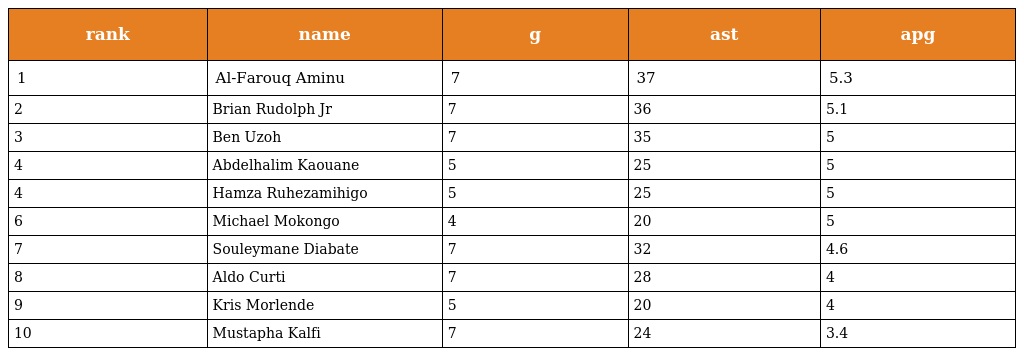
| rank | name | g | ast | apg |
 | --- | --- | --- | --- | --- |
 | 1 | Al-Farouq Aminu | 7 | 37 | 5.3 |
 | 2 | Brian Rudolph Jr | 7 | 36 | 5.1 |
 | 3 | Ben Uzoh | 7 | 35 | 5 |
 | 4 | Abdelhalim Kaouane | 5 | 25 | 5 |
 | 4 | Hamza Ruhezamihigo | 5 | 25 | 5 |
 | 6 | Michael Mokongo | 4 | 20 | 5 |
 | 7 | Souleymane Diabate | 7 | 32 | 4.6 |
 | 8 | Aldo Curti | 7 | 28 | 4 |
 | 9 | Kris Morlende | 5 | 20 | 4 |
 | 10 | Mustapha Kalfi | 7 | 24 | 3.4 |